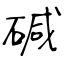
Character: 碱